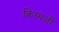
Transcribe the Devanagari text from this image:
किरमजी